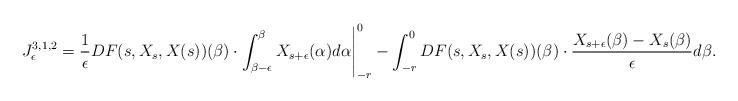
LaTeX: \begin{align*}J^{3,1,2}_\epsilon = \frac{1}{\epsilon}DF(s,X_s,X(s))(\beta)\cdot \int_{\beta-\epsilon}^{\beta}X_{s+\epsilon}(\alpha)d\alpha \Bigg|_{-r}^{0} - \int_{-r}^0 DF(s,X_s,X(s))(\beta)\cdot \frac{X_{s+\epsilon}(\beta) - X_s(\beta)}{\epsilon} d\beta.\end{align*}